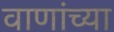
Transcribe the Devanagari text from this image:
वाणांच्या